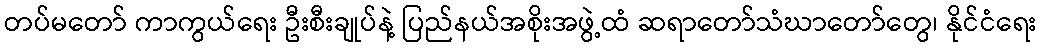
တပ်မတော် ကာကွယ်ရေး ဦးစီးချုပ်နဲ့ ပြည်နယ်အစိုးအဖွဲ့ထံ ဆရာတော်သံဃာတော်တွေ၊ နိုင်ငံရေး